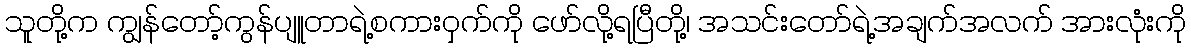
သူတို့က ကျွန်တော့်ကွန်ပျူတာရဲ့စကားဝှက်ကို ဖော်လို့ရပြီတို့၊ အသင်းတော်ရဲ့အချက်အလက် အားလုံးကို